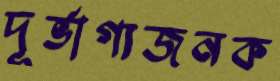
দূর্ভাগ্যজনক